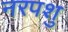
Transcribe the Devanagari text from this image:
नरपशु